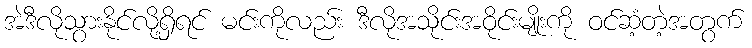
အဲဒီလိုသွားနိုင်လို့ရှိရင် မင်းကိုလည်း ဒီလိုအသိုင်းအဝိုင်းမျိုးကို ဝင်ဆံ့တဲ့အတွက်